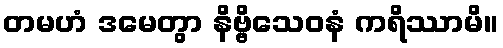
တမဟံ ဒမေတွာ နိဗ္ဗိသေဝနံ ကရိဿာမိ။